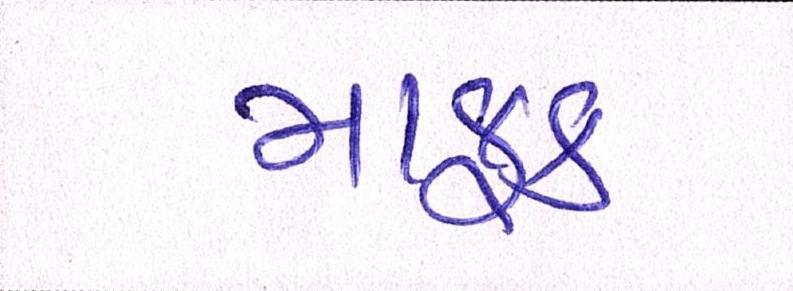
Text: માફક